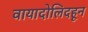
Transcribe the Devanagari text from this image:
वायादोलिदहून